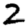
Digit: 2